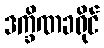
ဒက္ခိဏခရိုင်